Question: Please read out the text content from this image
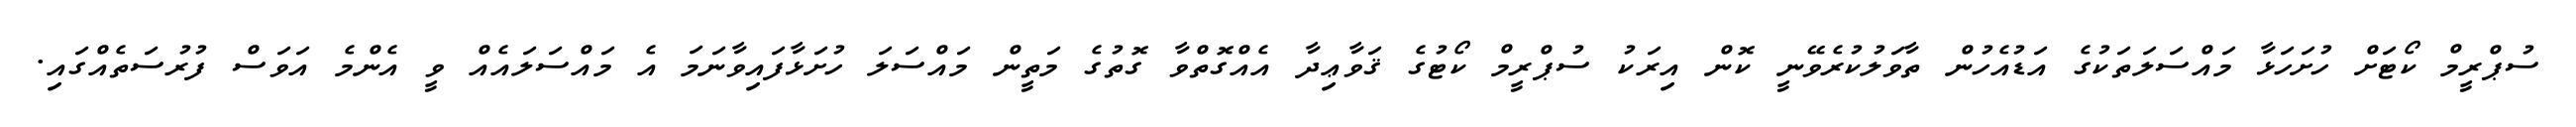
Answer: ސުޕްރީމް ކޯޓަށް ހުށަހަޅާ މައްސަލަތަކުގެ އަޑުއެހުން ތާވަލުކުރެވޭނީ ކޮން އިރަކު ސުޕްރީމް ކޯޓުގެ ޤަވާޢިދާ އެއްގޮތްވާ ގޮތުގެ މަތީން މައްސަލަ ހުށަޅާފައިވާނަމަ އެ މައްސަލައެއް ވީ އެންމެ އަވަސް ފުރުސަތެއްގައި.